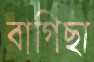
বাগিছা